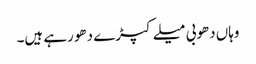
وہاں دھوبی میلے کپڑے دھو رہے ہیں۔